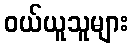
ဝယ်ယူသူများ